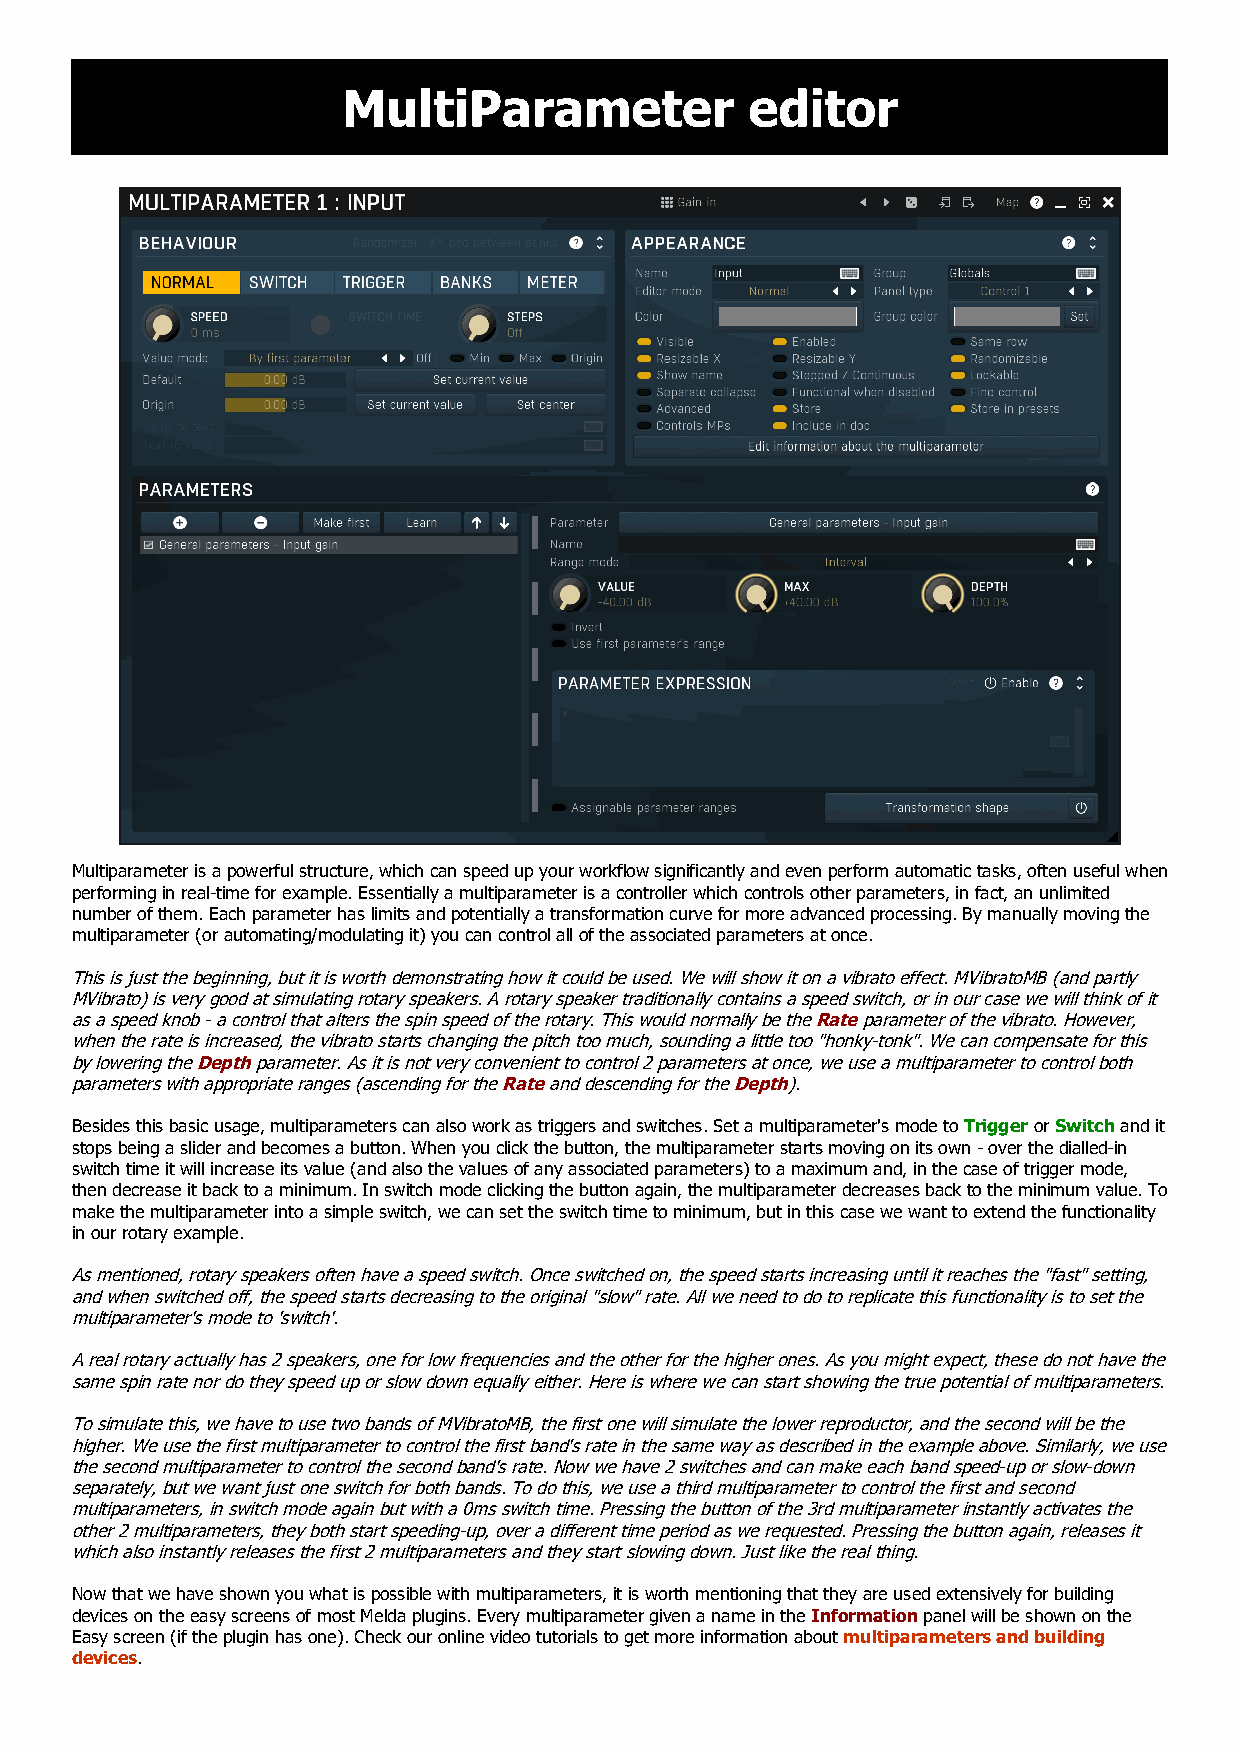
MultiParameter             editor
 Multiparameter is a powerful structure, which can speed up your workflow significantly and even perform automatic tasks, often useful when
 performing in real-time for example. Essentially a multiparameter is a controller which controls other parameters, in fact, an unlimited
 number of them. Each parameter has limits and potentially a transformation curve for more advanced processing. By manually moving the
 multiparameter (or automating/modulating it) you can control all of the associated parameters at once.
 This is just the beginning, but it is worth demonstrating how it could be used. We will show it on a vibrato effect. MVibratoMB (and partly
 MVibrato) is very good at simulating rotary speakers. A rotary speaker traditionally contains a speed switch, or in our case we will think of it
 as a speed knob - a control that alters the spin speed of the rotary. This would normally be the Rate parameter of the vibrato. However,
 when the rate is increased, the vibrato starts changing the pitch too much, sounding a little too "honky-tonk". We can compensate for this
 by lowering the Depth parameter. As it is not very convenient to control 2 parameters at once, we use a multiparameter to control both
 parameters with appropriate ranges (ascending for the Rate and descending for the Depth).
 Besides this basic usage, multiparameters can also work as triggers and switches. Set a multiparameter's mode to Trigger or Switch and it
 stops being a slider and becomes a button. When you click the button, the multiparameter starts moving on its own - over the dialled-in
 switch time it will increase its value (and also the values of any associated parameters) to a maximum and, in the case of trigger mode,
 then decrease it back to a minimum. In switch mode clicking the button again, the multiparameter decreases back to the minimum value. To
 make the multiparameter into a simple switch, we can set the switch time to minimum, but in this case we want to extend the functionality
 in our rotary example.
 As mentioned, rotary speakers often have a speed switch. Once switched on, the speed starts increasing until it reaches the "fast" setting,
 and when switched off, the speed starts decreasing to the original "slow" rate. All we need to do to replicate this functionality is to set the
 multiparameter's mode to 'switch'.
 A real rotary actually has 2 speakers, one for low frequencies and the other for the higher ones. As you might expect, these do not have the
 same spin rate nor do they speed up or slow down equally either. Here is where we can start showing the true potential of multiparameters.
 To simulate this, we have to use two bands of MVibratoMB, the first one will simulate the lower reproductor, and the second will be the
 higher. We use the first multiparameter to control the first band's rate in the same way as described in the example above. Similarly, we use
 the second multiparameter to control the second band's rate. Now we have 2 switches and can make each band speed-up or slow-down
 separately, but we want just one switch for both bands. To do this, we use a third multiparameter to control the first and second
 multiparameters, in switch mode again but with a 0ms switch time. Pressing the button of the 3rd multiparameter instantly activates the
 other 2 multiparameters, they both start speeding-up, over a different time period as we requested. Pressing the button again, releases it
 which also instantly releases the first 2 multiparameters and they start slowing down. Just like the real thing.
 Now that we have shown you what is possible with multiparameters, it is worth mentioning that they are used extensively for building
 devices on the easy screens of most Melda plugins. Every multiparameter given a name in the Information panel will be shown on the
 Easy screen (if the plugin has one). Check our online video tutorials to get more information about multiparameters and building
 devices.